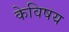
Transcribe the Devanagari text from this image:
केविषय